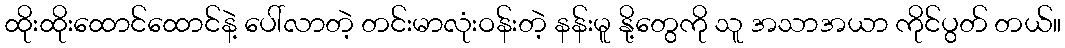
ထိုးထိုးထောင်ထောင်နဲ့ ပေါ်လာတဲ့ တင်းမာလုံးဝန်းတဲ့ နန်းမူ နို့တွေကို သူ အသာအယာ ကိုင်ပွတ် တယ်။